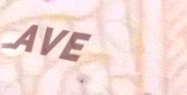
AVE